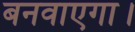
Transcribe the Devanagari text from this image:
बनवाएगा।